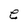
Character: e